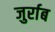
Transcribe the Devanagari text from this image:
जुर्राब